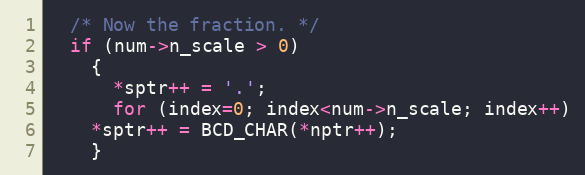
Language: C++
  /* Now the fraction. */
  if (num->n_scale > 0)
    {
      *sptr++ = '.';
      for (index=0; index<num->n_scale; index++)
	*sptr++ = BCD_CHAR(*nptr++);
    }